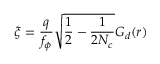
\xi = \frac { q } { f _ { \phi } } \sqrt { \frac { 1 } { 2 } - \frac { 1 } { 2 N _ { c } } } G _ { d } ( r )